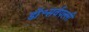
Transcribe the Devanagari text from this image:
डॉ॰सर्वपल्ली